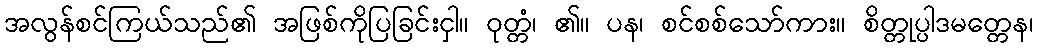
အလွန်စင်ကြယ်သည်၏ အဖြစ်ကိုပြခြင်းငှါ။ ဝုတ္တံ၊ ၏။ ပန၊ စင်စစ်သော်ကား။ စိတ္တုပ္ပါဒမတ္တေန၊